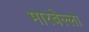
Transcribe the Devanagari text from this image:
मारबेल्ला